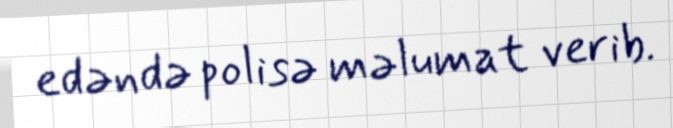
edəndə polisə məlumat verib.